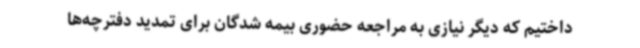
داختیم که دیگر نیازی به مراجعه حضوری بیمه شدگان برای تمدید دفترچه‌ها